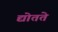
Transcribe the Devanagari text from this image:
द्योतते